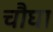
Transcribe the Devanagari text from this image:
चौघा